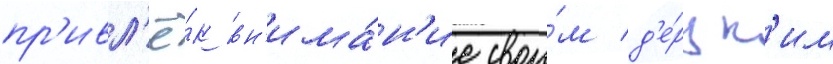
пр'ивл'ё́к вн'има́н'ие свои́м д'е́рзк'им